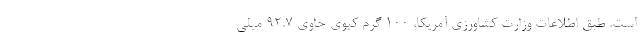
است. طبق اطلاعات وزارت کشاورزی آمریکا، 100 گرم کیوی حاوی 92.7 میلی